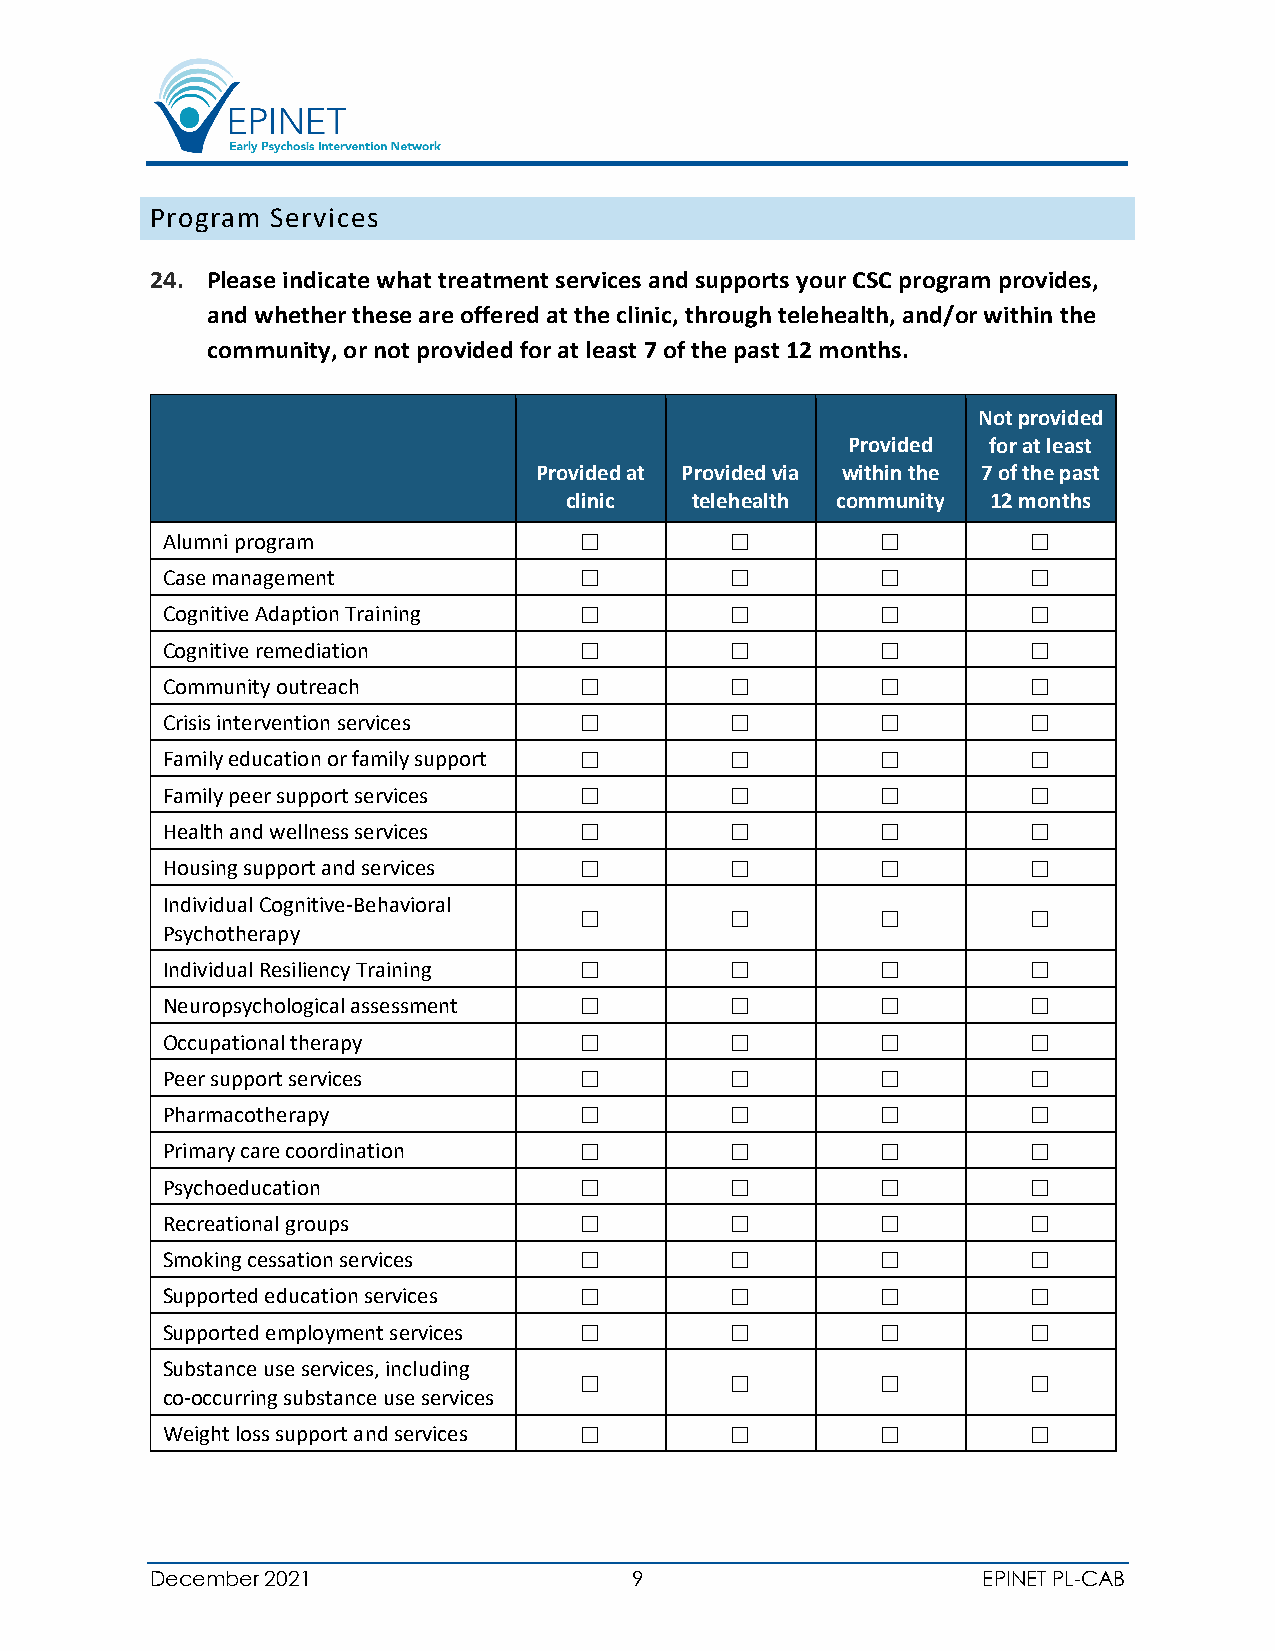
Program Services
 24. Please indicate what treatment services and supports your CSC program provides,
 and whether these are offered at the clinic, through telehealth, and/or within the
 community, or not provided for at least 7 of the past 12 months.
 Not provided
 Provided for at least
 Provided at Provided via within the 7 of the past
 clinic   telehealth community 12 months
 Alumni program                                        
 Case management                                       
 Cognitive Adaption Training                           
 Cognitive remediation                                 
 Community outreach                                    
 Crisis intervention services                          
 Family education or family support                    
 Family peer support services                          
 Health and wellness services                          
 Housing support and services                          
 Individual Cognitive-Behavioral
                            
 Psychotherapy
 Individual Resiliency Training                        
 Neuropsychological assessment                         
 Occupational therapy                                  
 Peer support services                                 
 Pharmacotherapy                                       
 Primary care coordination                             
 Psychoeducation                                       
 Recreational groups                                   
 Smoking cessation services                            
 Supported education services                          
 Supported employment services                         
 Substance use services, including
                            
 co-occurring substance use services
 Weight loss support and services                      
 December 2021                   9                      EPINET PL-CAB